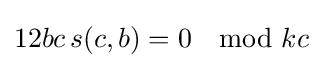
12bc\,s(c,b)=0\mod kc